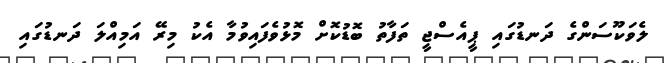
ލެވަކޫސަންގެ ދަނޑުގައި ޕީއެސްޖީ ތަފާތު ބޮޑުކޮށް މޮޅުވެފައިވުމާ އެކު މިރޭ އަމިއްލަ ދަނޑުގައި